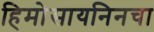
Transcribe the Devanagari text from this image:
हिमोसायनिनचा